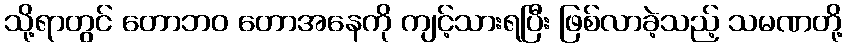
သို့ရာတွင် တောဘဝ တောအနေကို ကျင့်သားရပြီး ဖြစ်လာခဲ့သည့် သမဏတို့